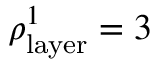
\rho _ { \mathrm { l a y e r } } ^ { 1 } = 3